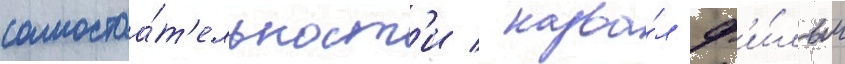
самостоа́т'ельност'и / назва́л ф'и́льм